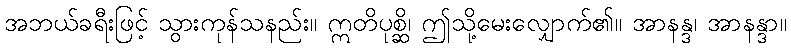
အဘယ်ခရီးဖြင့် သွားကုန်သနည်း။ ဣတိပုစ္ဆိ၊ ဤသို့မေးလျှောက်၏။ အာနန္ဒ၊ အာနန္ဒာ။